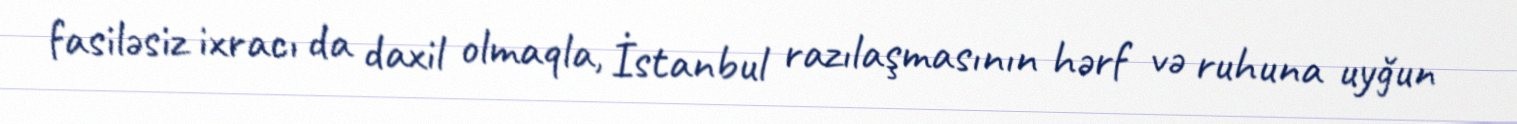
fasiləsiz ixracı da daxil olmaqla, İstanbul razılaşmasının hərf və ruhuna uyğun